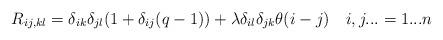
LaTeX: \begin{align*}R_{ij,kl} = \delta_{ik} \delta_{jl} (1 + \delta_{ij} (q-1)) + \lambda\delta_{il} \delta_{jk} \theta (i-j) \quad i,j...=1...n\end{align*}